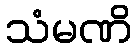
သံမဏိ